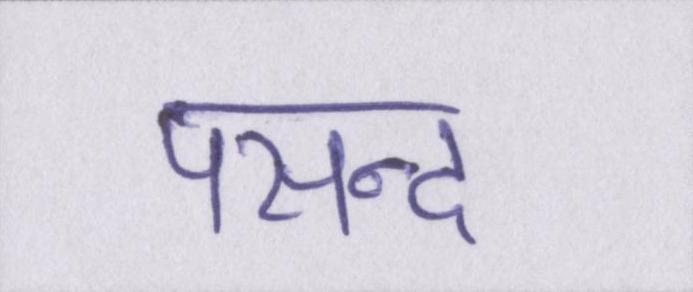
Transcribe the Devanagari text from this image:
पसन्द